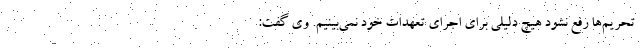
تحریم‌ها رفع نشود هیچ دلیلی برای اجرای تعهدات خود نمی‌بینیم. وی گفت: